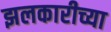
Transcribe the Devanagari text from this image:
झलकारीच्या